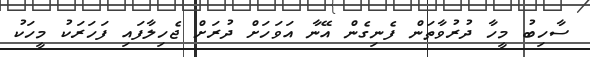
ސާހިބު މީހާ ދުރުވާތަން ފެނިގެން އޭނާ އަވަހަށް ދުރަށް ޖެހިލާފައި ފަހަރަކު މީހަކު